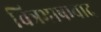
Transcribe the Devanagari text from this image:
चित्रभाषावाद